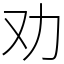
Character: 劝